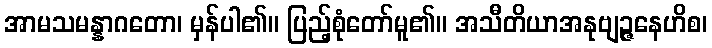
အာမသမန္နာဂတော၊ မှန်ပါ၏။ ပြည့်စုံတော်မူ၏။ အသီတိယာအနုဗျဉ္ဇနေဟိစ၊